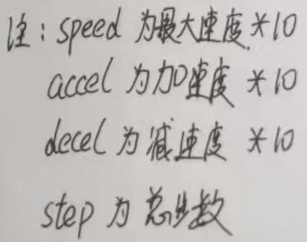
注：\(\mathrm{speed}\)为最大速度\(\times10\)，\(\mathrm{accel}\)为加速度\(\times10\)，\(\mathrm{decel}\)为减速度\(\times10\)，\(\mathrm{step}\)为总步数。